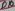
Text: D10